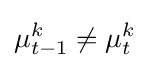
\mu _{t-1}^{k}\neq \mu _{t}^{k}